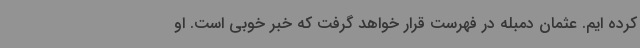
کرده ایم. عثمان دمبله در فهرست قرار خواهد گرفت که خبر خوبی است. او